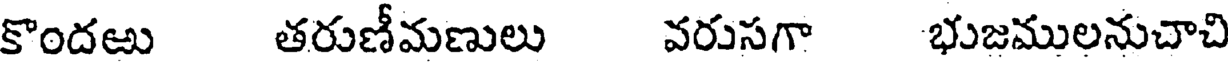
కొందఱు తరుణీమణులు వరుసగా భుజములనుచాచి